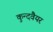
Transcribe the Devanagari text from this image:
कुन्दवैयर